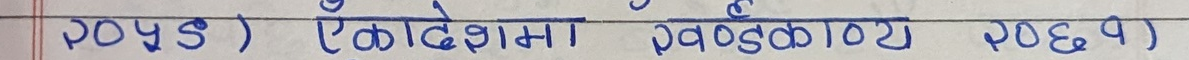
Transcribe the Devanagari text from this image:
२०४९ ) एकदेशमा प्रवेशकाणले २०६९ )